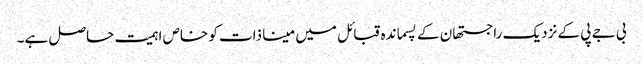
بی جے پی کے نزدیک راجستھان کے پسماندہ قبائل میں مینا ذات کو خاص اہمیت حاصل ہے۔